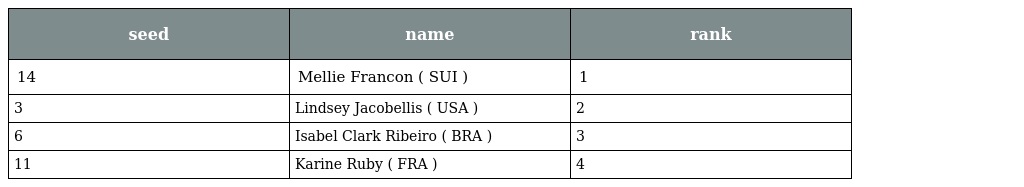
| seed | name | rank |
 | --- | --- | --- |
 | 14 | Mellie Francon ( SUI ) | 1 |
 | 3 | Lindsey Jacobellis ( USA ) | 2 |
 | 6 | Isabel Clark Ribeiro ( BRA ) | 3 |
 | 11 | Karine Ruby ( FRA ) | 4 |